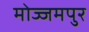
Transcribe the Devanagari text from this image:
मोज्जमपुर